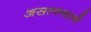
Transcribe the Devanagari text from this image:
असल्ल्याने